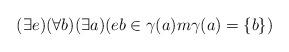
LaTeX: \begin{align*} (\exists e) (\forall b) (\exists a) (eb \in \gamma(a) m\gamma(a) = \{b\})\end{align*}